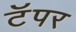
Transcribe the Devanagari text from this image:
टॅपर